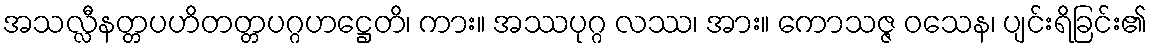
အသလ္လီနတ္တပဟိတတ္တပဂ္ဂဟဋ္ဌေတိ၊ ကား။ အဿပုဂ္ဂ လဿ၊ အား။ ကောသဇ္ဇ ဝသေန၊ ပျင်းရိခြင်း၏